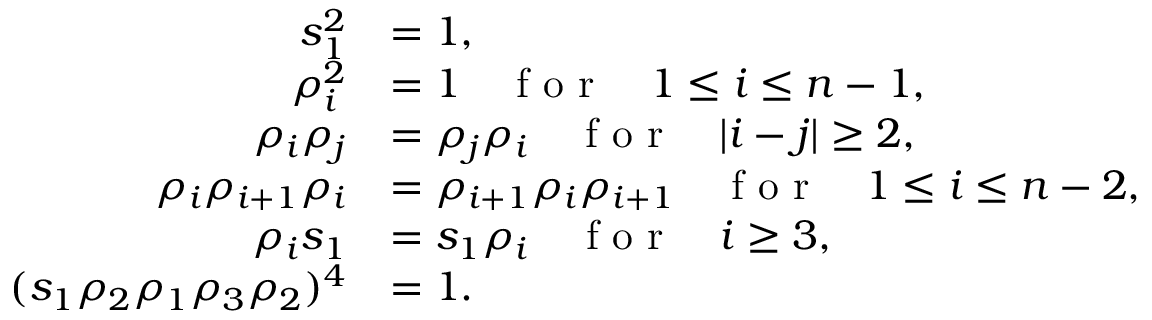
\begin{array} { r l } { s _ { 1 } ^ { 2 } } & { = 1 , } \\ { \rho _ { i } ^ { 2 } } & { = 1 \quad \textrm { f o r } \quad 1 \le i \le n - 1 , } \\ { \rho _ { i } \rho _ { j } } & { = \rho _ { j } \rho _ { i } \quad \textrm { f o r } \quad | i - j | \geq 2 , } \\ { \rho _ { i } \rho _ { i + 1 } \rho _ { i } } & { = \rho _ { i + 1 } \rho _ { i } \rho _ { i + 1 } \quad \textrm { f o r } \quad 1 \le i \le n - 2 , } \\ { \rho _ { i } s _ { 1 } } & { = s _ { 1 } \rho _ { i } \quad \textrm { f o r } \quad i \geq 3 , } \\ { ( s _ { 1 } \rho _ { 2 } \rho _ { 1 } \rho _ { 3 } \rho _ { 2 } ) ^ { 4 } } & { = 1 . } \end{array}